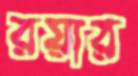
রয়ার